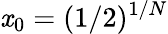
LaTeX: \mathit{x}_{0}=(1/2)^{1/N}